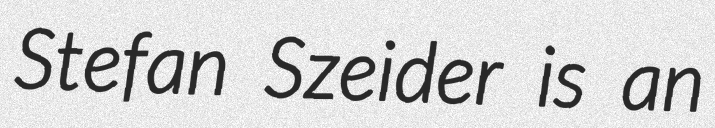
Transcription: Stefan Szeider is an